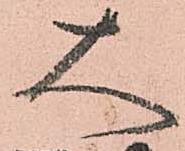
大